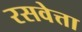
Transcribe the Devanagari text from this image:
रसवेत्ता